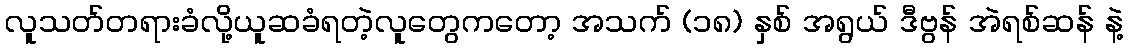
လူသတ်တရားခံလို့ယူဆခံရတဲ့လူတွေကတော့ အသက် (၁၈) နှစ် အရွယ် ဒီဗွန် အဲရစ်ဆန် နဲ့